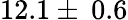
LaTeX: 12.1\pm\: 0.6